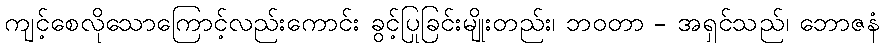
ကျင့်စေလိုသောကြောင့်လည်းကောင်း ခွင့်ပြုခြင်းမျိုးတည်း၊ ဘဝတာ - အရှင်သည်၊ ဘောဇနံ